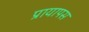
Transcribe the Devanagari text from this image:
प्रायापस